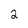
Character: 2